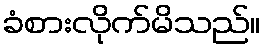
ခံစားလိုက်မိသည်။